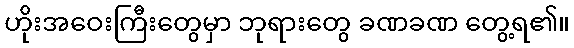
ဟိုးအဝေးကြီးတွေမှာ ဘုရားတွေ ခဏခဏ တွေ့ရ၏။